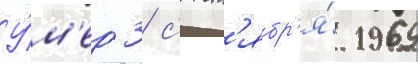
У́м'ер 3 с'ент'ябр'я́ 1969